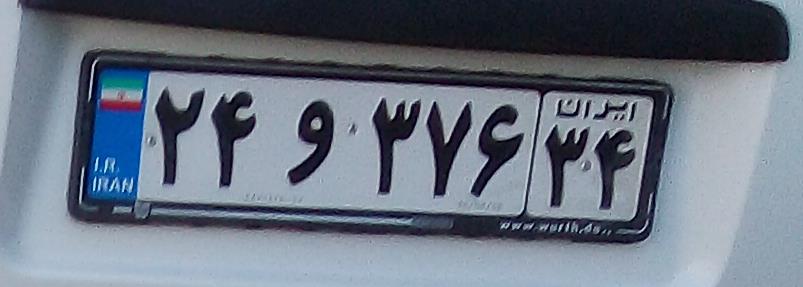
۲۴و۳۷۶۳۴